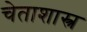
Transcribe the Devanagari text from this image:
चेताशास्त्र